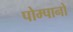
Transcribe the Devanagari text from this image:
पोम्पानो